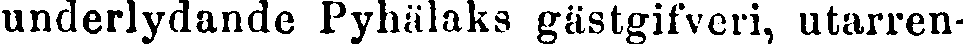
underlydande Pyhälaks gästgifveri, utarren-